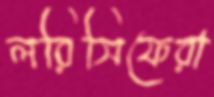
লরিসিফেরা